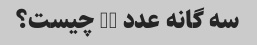
سه گانه عدد 20 چیست؟